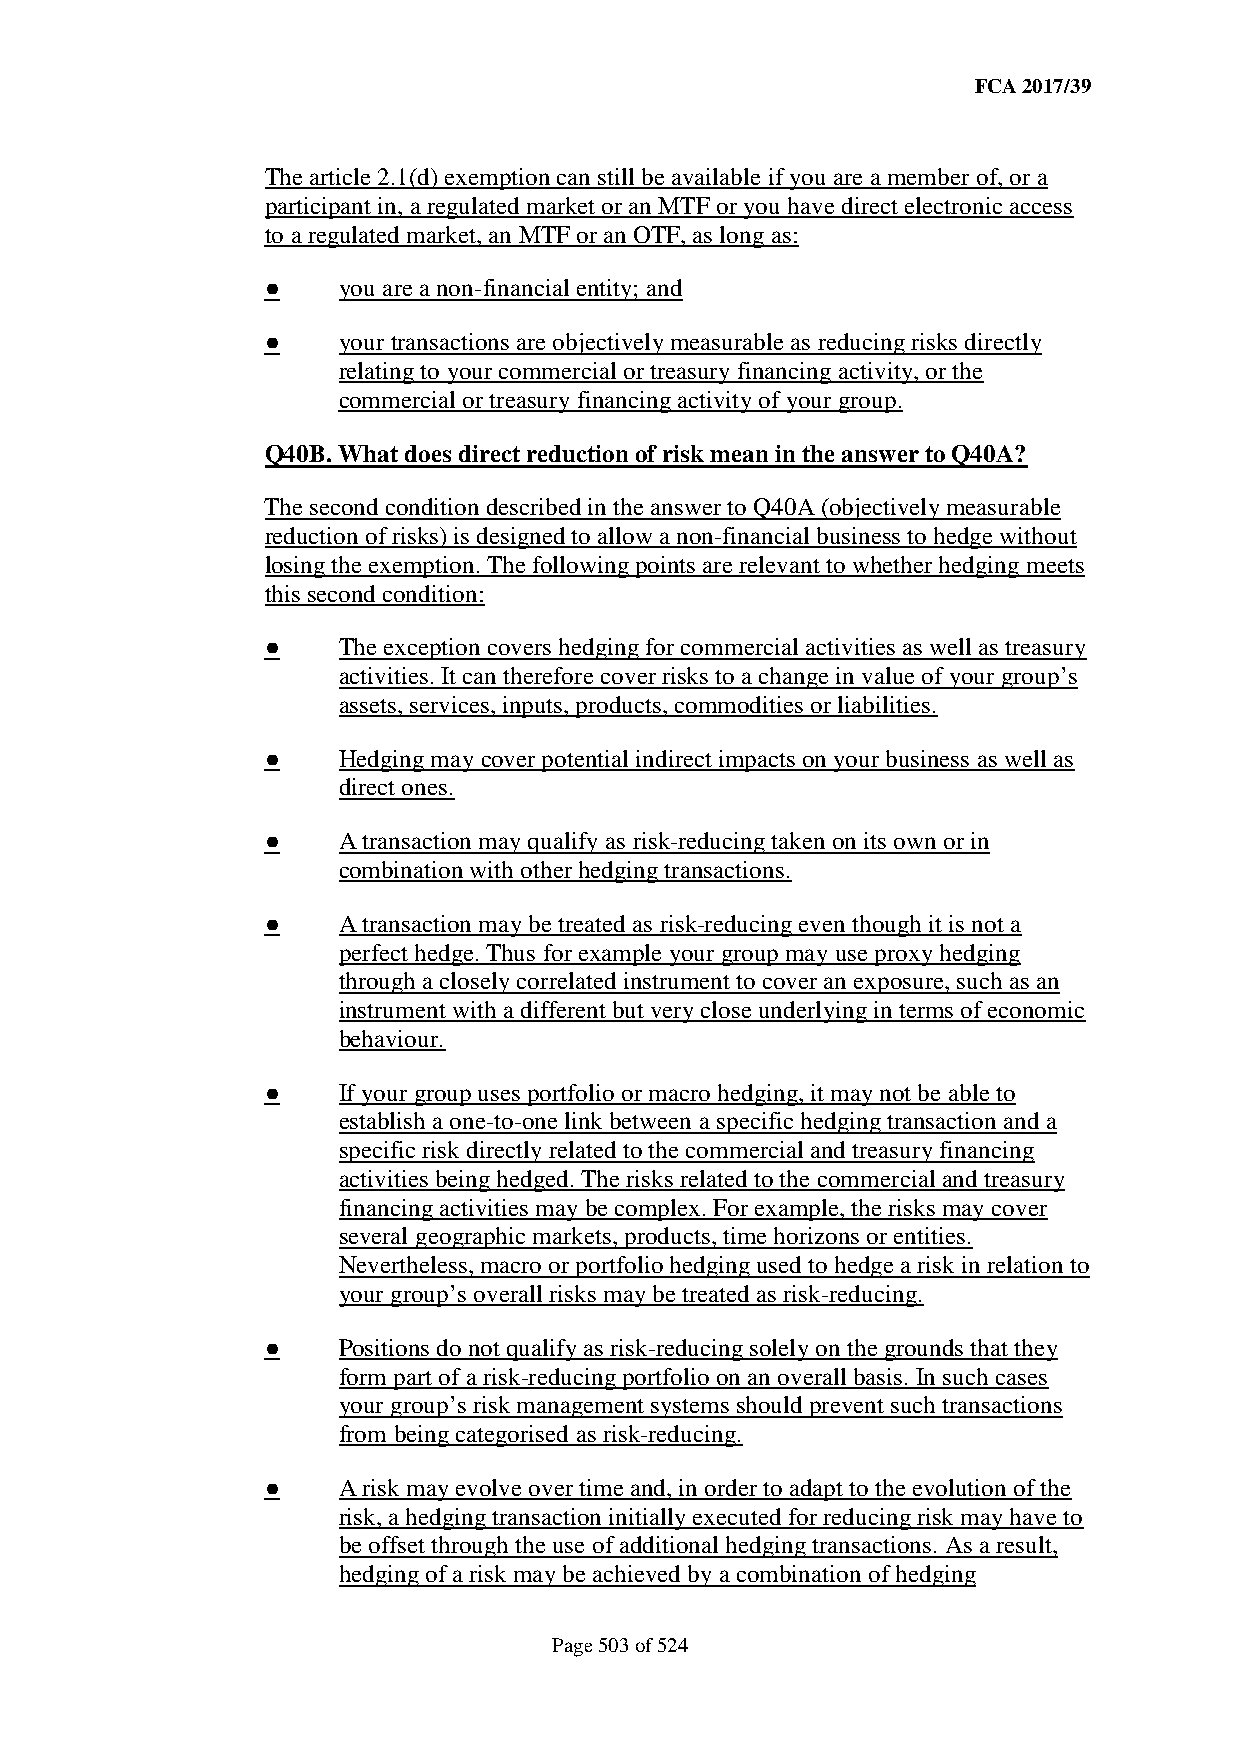
FCA 2017/39
 The article 2.1(d) exemption can still be available if you are a member of, or a
 participant in, a regulated market or an MTF or you have direct electronic access
 to a regulated market, an MTF or an OTF, as long as:
 ●   you are a non-financial entity; and
 ●   your transactions are objectively measurable as reducing risks directly
 relating to your commercial or treasury financing activity, or the
 commercial or treasury financing activity of your group.
 Q40B. What does direct reduction of risk mean in the answer to Q40A?
 The second condition described in the answer to Q40A (objectively measurable
 reduction of risks) is designed to allow a non-financial business to hedge without
 losing the exemption. The following points are relevant to whether hedging meets
 this second condition:
 ●   The exception covers hedging for commercial activities as well as treasury
 activities. It can therefore cover risks to a change in value of your group’s
 assets, services, inputs, products, commodities or liabilities.
 ●   Hedging may cover potential indirect impacts on your business as well as
 direct ones.
 ●   A transaction may qualify as risk-reducing taken on its own or in
 combination with other hedging transactions.
 ●   A transaction may be treated as risk-reducing even though it is not a
 perfect hedge. Thus for example your group may use proxy hedging
 through a closely correlated instrument to cover an exposure, such as an
 instrument with a different but very close underlying in terms of economic
 behaviour.
 ●   If your group uses portfolio or macro hedging, it may not be able to
 establish a one-to-one link between a specific hedging transaction and a
 specific risk directly related to the commercial and treasury financing
 activities being hedged. The risks related to the commercial and treasury
 financing activities may be complex. For example, the risks may cover
 several geographic markets, products, time horizons or entities.
 Nevertheless, macro or portfolio hedging used to hedge a risk in relation to
 your group’s overall risks may be treated as risk-reducing.
 ●   Positions do not qualify as risk-reducing solely on the grounds that they
 form part of a risk-reducing portfolio on an overall basis. In such cases
 your group’s risk management systems should prevent such transactions
 from being categorised as risk-reducing.
 ●   A risk may evolve over time and, in order to adapt to the evolution of the
 risk, a hedging transaction initially executed for reducing risk may have to
 be offset through the use of additional hedging transactions. As a result,
 hedging of a risk may be achieved by a combination of hedging
 Page 503 of 524